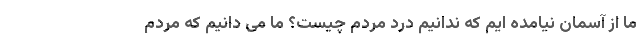
ما از آسمان نیامده ایم که ندانیم درد مردم چیست؟ ما می دانیم که مردم